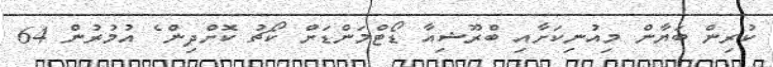
ކުރިން ބަޔާން މިއުނިކަށާއި ބްރޫޝިއާ ޑޯޓްމަންޑަށް ކޯޗު ކޮށްދިން ެ އުމުރުން 64